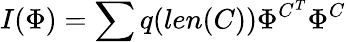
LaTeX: I(\Phi)=\sum q(len(C))\Phi^{C^{T}}\Phi^{C}